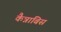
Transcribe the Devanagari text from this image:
कैन्नाबिस